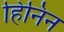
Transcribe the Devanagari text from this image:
हिनिन